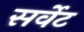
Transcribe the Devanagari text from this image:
सर्वेट